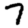
Digit: 7